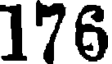
176